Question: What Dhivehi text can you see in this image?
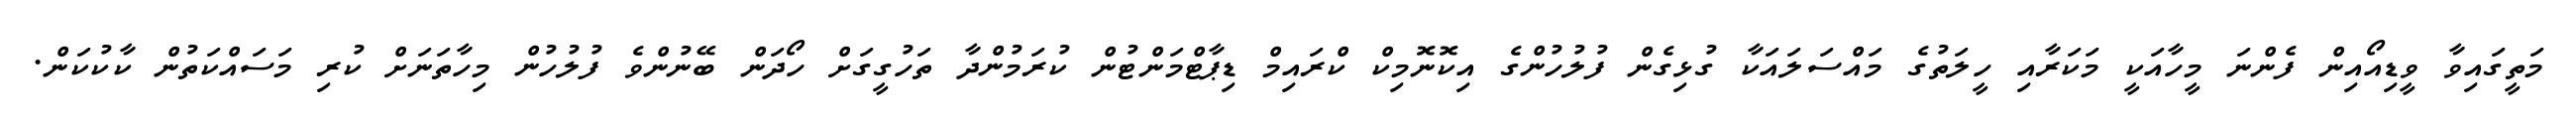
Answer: މަތީގައިވާ ވީޑިއޯއިން ފެންނަ މީހާއަކީ މަކަރާއި ހީލަތުގެ މައްސަލައަކާ ގުޅިގެން ފުލުހުންގެ އިކޮނޮމިކް ކްރައިމް ޑިޕާޓްމަންޓުން ކުރަމުންދާ ތަހުގީގަށް ހޯދަން ބޭނުންވެ ފުލުހުން މިހާތަނަށް ކުރި މަސައްކަތުން ކާކުކަން.